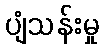
ပျံသန်းမှု